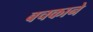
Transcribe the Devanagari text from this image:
बचकाने